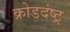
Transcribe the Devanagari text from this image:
क्रोडदंष्ट्र